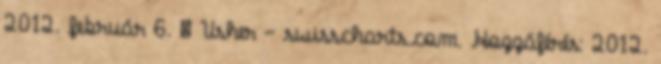
2012. február 6. ↑ Usher – swisscharts.com. Hozzáférés: 2012.